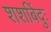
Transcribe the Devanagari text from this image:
शशबिंदुः